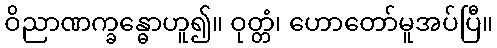
ဝိညာဏက္ခန္ဓောဟူ၍။ ဝုတ္တံ၊ ဟောတော်မူအပ်ပြီ။